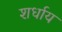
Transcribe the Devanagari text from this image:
शर्धाय